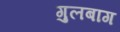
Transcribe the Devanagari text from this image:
गुलबाग